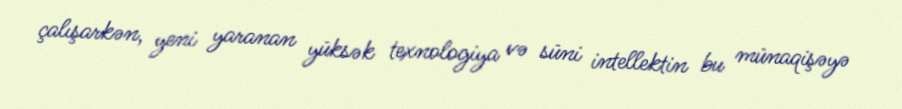
çalışarkən, yeni yaranan yüksək texnologiya və süni intellektin bu münaqişəyə